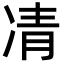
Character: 凊